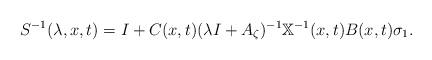
LaTeX: \begin{align*} S^{-1}(\lambda,x,t) = I + C(x,t) (\lambda I + A_\zeta)^{-1} \mathbb X^{-1}(x,t) B(x,t) \sigma_1.\end{align*}